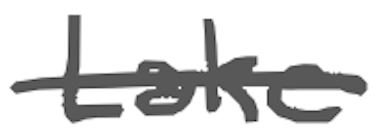
Text: Lake
Cross-out: mix
Writing tool: digital_gray